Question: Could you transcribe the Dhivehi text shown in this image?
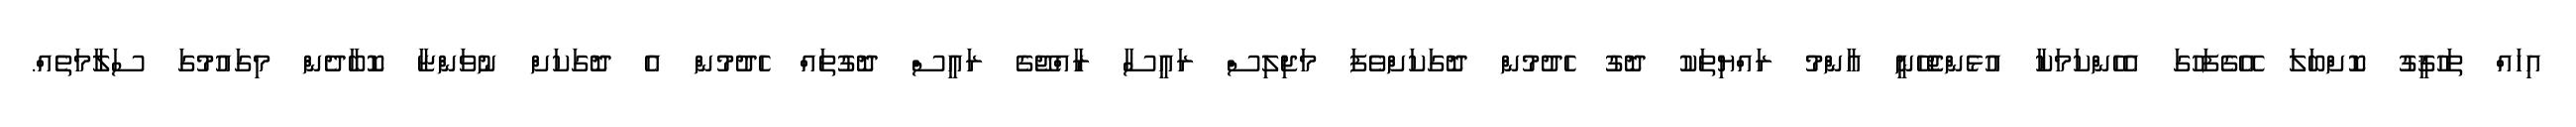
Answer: އިހައް ތަހުޤީގު ކޮށްބަލަ އޭގެފަހުގަ އެހެންކަމަކާ އުޅެންޖެހޭނީ އާންމު ރައްޔިތަކު ދޮގު ހެދުމުން ދޮގަކަށްވެފަ މަޖިލިސް ރައީސާ ރާއްޖޭގެ ރައީސް ދޮގުތައް ހެދުމުން އެ ދޮގަކަށް ނުވަންޏާ ކޮބާދެން މިގައުމުގަ ސަލާމަތެއް.